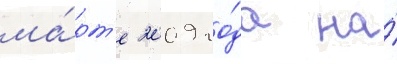
ма́рт'е 2009 го́да на́